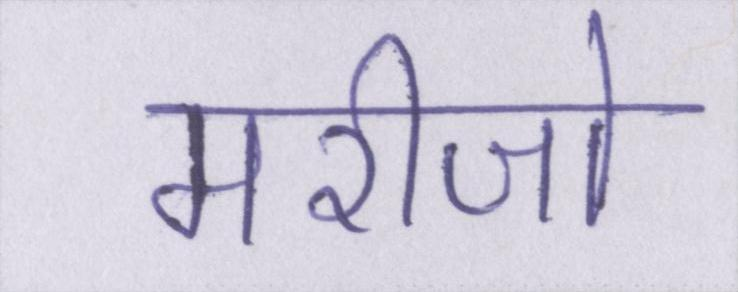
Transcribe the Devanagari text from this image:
मरीजो